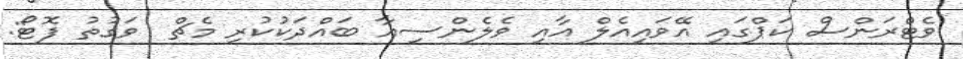
ވެޓްރަންސް ކަޕްގައި އޭވައިއެލް އާއި ވެލެންސިއާ ބައްދަކުކުރި މެޗް  ވަގުތު ފޮޓޯ: